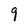
Character: 9